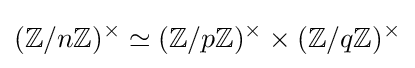
(\mathbb {Z} /n\mathbb {Z} )^{\times }\simeq (\mathbb {Z} /p\mathbb {Z} )^{\times }\times (\mathbb {Z} /q\mathbb {Z} )^{\times }